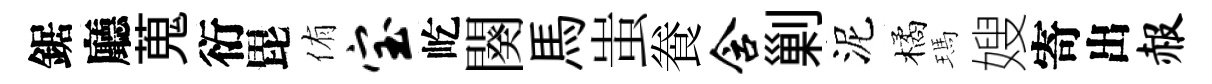
鋸廳蒐衍毘侑宝屹闋馬蚩飬含剿泥橘瑪嫂寄出赧